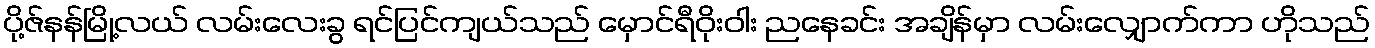
ပို့ဇ်နန်မြို့လယ် လမ်းလေးခွ ရင်ပြင်ကျယ်သည် မှောင်ရီဝိုးဝါး ညနေခင်း အချိန်မှာ လမ်းလျှောက်ကာ ဟိုသည်